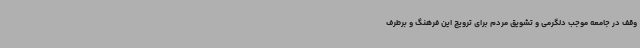
وقف در جامعه موجب دلگرمی و تشویق مردم برای ترویج این فرهنگ و برطرف